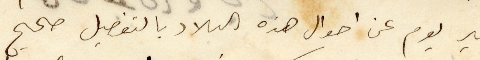
غير يوم عن أحوال هذه البلاد بالتفصيل صحيح